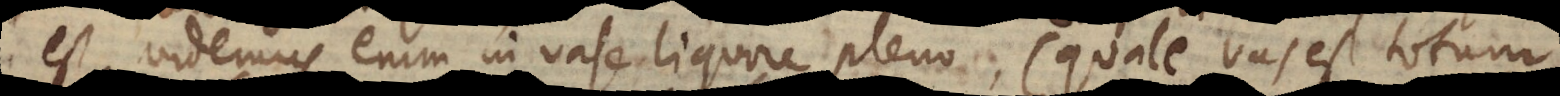
est, videmus enim in vase liquore pleno (quale vas est totum